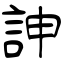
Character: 訷